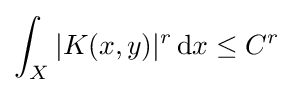
\int _{X}|K(x,y)|^{r}\,\mathrm {d} x\leq C^{r}